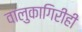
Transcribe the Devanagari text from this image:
वालुकागिरीही